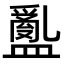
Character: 𥂽